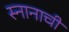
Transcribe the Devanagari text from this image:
स्नानाची